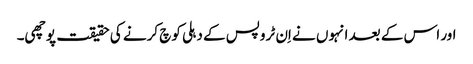
اور اس کے بعد انہوں نے اِن ٹروپس کے دہلی کوچ کرنے کی حقیقت پوچھی۔